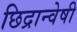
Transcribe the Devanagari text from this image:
छिद्रान्वेषी